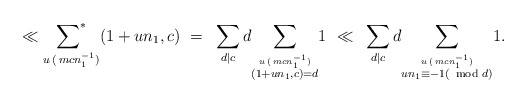
\begin{align*}\ll{\mathop{\sum\nolimits^*}\limits_{u\,(\, mcn_1^{-1}) } } (1+un_1, c)~=~ \sum_{d|c} d{\mathop{\sum\nolimits}\limits_{ \stackrel{u\,(\, mcn_1^{-1})}{ (1+un_1, c) = d } } }1 ~\ll~\sum_{d|c} d{\mathop{\sum\nolimits}\limits_{ \stackrel{u\,(\, mcn_1^{-1})}{ un_1 \equiv -1 (\!\!\!\mod d) } } } 1.\end{align*}